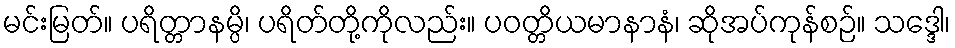
မင်းမြတ်။ ပရိတ္တာနမ္ပိ၊ ပရိတ်တို့ကိုလည်း။ ပဝတ္တိယမာနာနံ၊ ဆိုအပ်ကုန်စဉ်။ သဒ္ဒေါ၊